Annual administration and progress report of the Indian Medical Department, Bombay
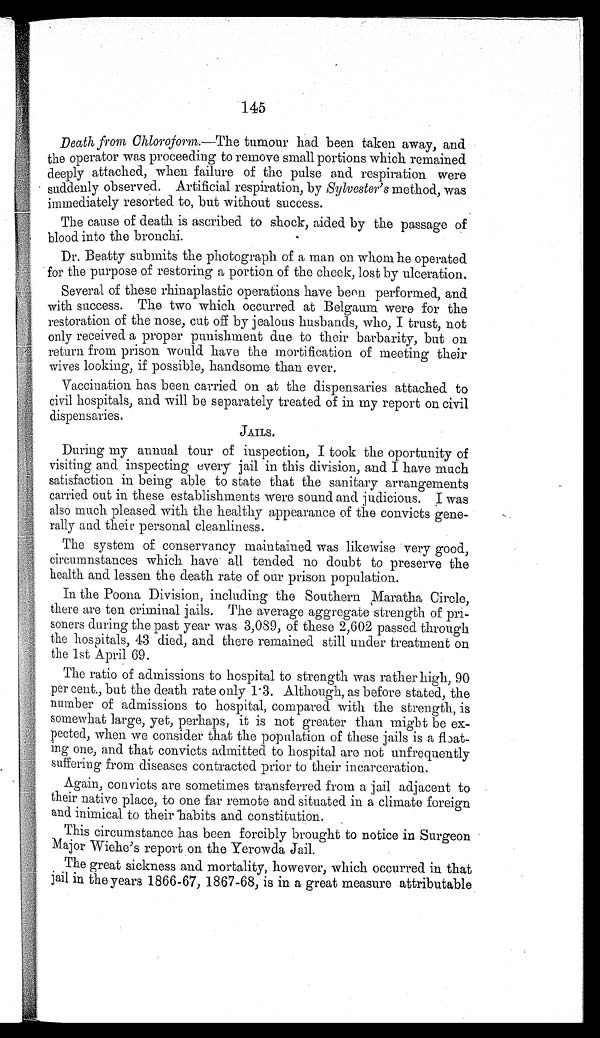
145
Death from Chloroform.— The tumour had been taken away, and
the operator was proceeding to remove small portions which remained
deeply attached, when failure of the pulse and respiration were
suddenly observed. Artificial respiration, by Sylvester's method, was
immediately resorted to, but without success.
The cause of death is ascribed to shock, aided by the passage of
blood into the bronchi.
Dr. Beatty submits the photograph of a man on whom he operated
for the purpose of restoring a portion of the cheek, lost by ulceration.
Several of these rhinaplastic operations have been performed, and
with success. The two which occurred at Belgum were for the
restoration of the nose, cut off by jealous husbands, who, I trust, not
only received a proper punishment due to their barbarity, but on
return from prison would have the mortification of meeting their
wives looking, if possible, handsome than ever.
Vaccination has been carried on at the dispensaries attached to
civil hospitals, and will be separately treated of in my report on civil
dispensaries.
JAILS.
During my annual tour of inspection, I took the oportunity of
visiting and inspecting every jail in this division, and I have much
satisfaction in being able to state that the sanitary arrangements
carried out in these establishments were sound and judicious. I was
also much pleased with the healthy appearance of the convicts gene-
rally and their personal cleanliness.
The system of conservancy maintained was likewise very good,
circumnstances which have all tended no doubt to preserve the
health and lessen the death rate of our prison population.
In the Poona Division, including the Southern Maratha Circle,
there are ten criminal jails. The average aggregate strength of pri-
soners during the past year was 3,089, of these 2,602 passed through
the hospitals, 43 died, and there remained still under treatment on
the 1st April 69.
The ratio of admissions to hospital to strength was rather high, 90
per cent., but the death rate only 1.3. Although, as before stated, the
number of admissions to hospital, compared with the strength, is
somewhat large, yet, perhaps, it is not greater than might be ex-
pected, when we consider that the population of these jails is a float-
ing one, and that convicts admitted to hospital are not unfrequently
suffering from diseases contracted prior to their incarceration.
Again, convicts are sometimes transferred from a jail adjacent to
their native place, to one far remote and situated in a climate foreign
and inimical to their habits and constitution.
This circumstance has been forcibly brought to notice in Surgeon
Major Wiehe's report on the Yerowda Jail.
The great sickness and mortality, however, which occurred in that
jail in the years 1866-67, 1867-68, is in a great measure attributable